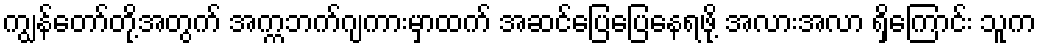
ကျွန်တော်တို့အတွက် အက္ကဘက်ဂျကားမှာထက် အဆင်ပြေပြေနေရဖို့ အလားအလာ ရှိကြောင်း သူက